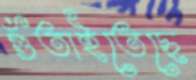
গুঁতাইতেছে